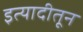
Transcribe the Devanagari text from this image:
इत्यादीतून